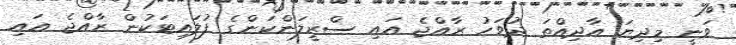
ވަނީ މިިދިޔަ އާދިއްތަ ދުވަހު ރާއްޖެ އައި ސްރީލަންކަންގެ ފުލައިޓަކުން ރާއްޖެ އައި